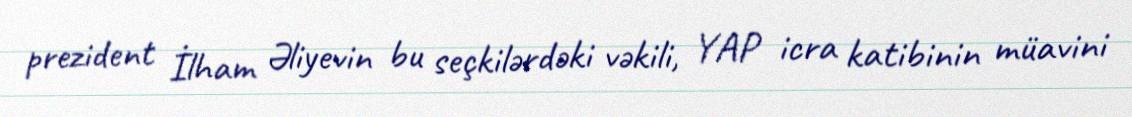
prezident İlham Əliyevin bu seçkilərdəki vəkili, YAP icra katibinin müavini